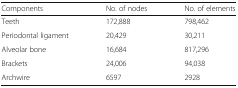
<table><thead><tr><td><b>Components</b></td><td><b>No. of nodes</b></td><td><b>No. of elements</b></td></tr></thead><tbody><tr><td>Teeth</td><td>172,888</td><td>798,462</td></tr><tr><td>Periodontal ligament</td><td>20,429</td><td>30,211</td></tr><tr><td>Alveolar bone</td><td>16,684</td><td>817,296</td></tr><tr><td>Brackets</td><td>24,006</td><td>94,038</td></tr><tr><td>Archwire</td><td>6597</td><td>2928</td></tr></tbody></table>